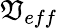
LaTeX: \mathfrak{V}_{eff}